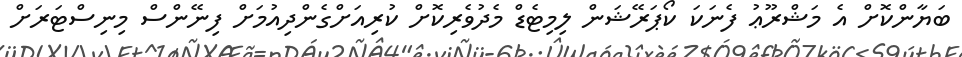
ބަޔާންކޮށް އެ މަޝްރޫޢު ފެނަކަ ކޯޕަރޭޝަން ލިމިޓެޑް މެދުވެރިކޮށް ކުރިއަށްގެންދިއުމަށް ފިނޭންސް މިނިސްޓަރަށް